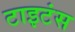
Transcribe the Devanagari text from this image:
टाइटंस